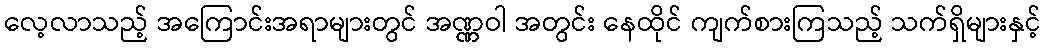
လေ့လာသည့် အကြောင်းအရာများတွင် အဏ္ဏဝါ အတွင်း နေထိုင် ကျက်စားကြသည့် သက်ရှိများနှင့်